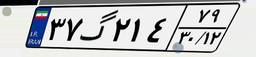
۳۷گ۲۱۴۷۹